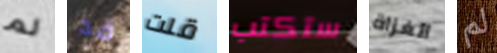
لم قد قلت ستكتب الغزاة لم